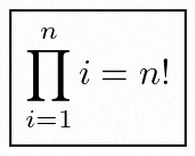
\prod_{i=1}^{n}i=n!